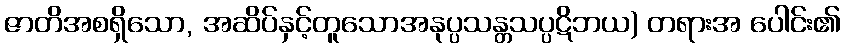
ဇာတိအစရှိသော, အဆိပ်နှင့်တူသောအနုပ္ပသန္တသပ္ပဋိဘယ) တရားအ ပေါင်း၏